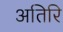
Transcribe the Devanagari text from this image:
अतिरि